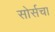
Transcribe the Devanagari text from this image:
सोर्सचा